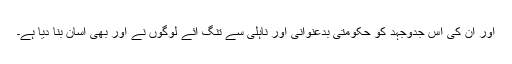
اور ان کی اس جدوجہد کو حکومتی بدعنوانی اور ناہلی سے تنگ آئے لوگوں نے اور بھی آسان بنا دیا ہے۔